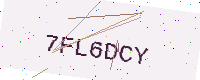
Text: 7FL6DCY